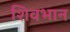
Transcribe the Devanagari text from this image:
शिवभान